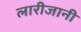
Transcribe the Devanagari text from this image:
लारीजानी